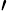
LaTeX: '